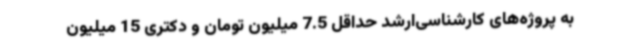
به پروژه‌های کارشناسی‌ارشد حداقل 7.5 میلیون تومان و دکتری 15 میلیون